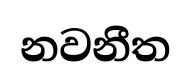
නවනීත